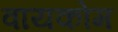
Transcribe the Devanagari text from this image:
वायकोम